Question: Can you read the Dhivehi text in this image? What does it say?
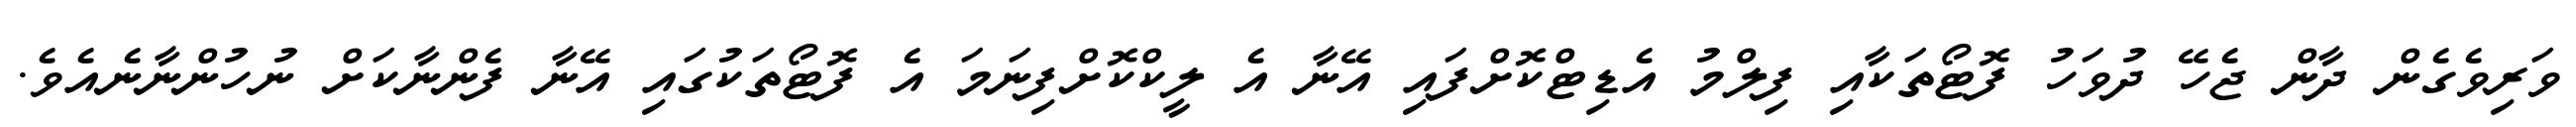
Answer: ވަރިވެގެން ދާން ޖެހޭ ދުވަހު ފޮޓޯތަކާއި ފިލްމު އެޑިޓްކޮށްފައި އޭނާ އެ ލީކްކޮށްފިނަމަ އެ ފޮޓޯތަކުގައި އޭނާ ފެންނާކަށް ނުހުންނާނެއެވެ.